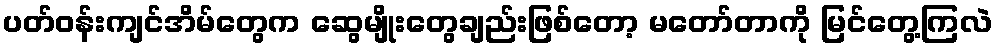
ပတ်ဝန်းကျင်အိမ်တွေက ဆွေမျိုးတွေချည်းဖြစ်တော့ မတော်တာကို မြင်တွေ့ကြလဲ